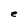
Character: e